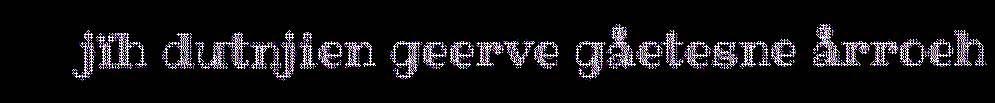
jïh dutnjien geerve gåetesne årroeh